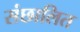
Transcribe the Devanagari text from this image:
संछालित